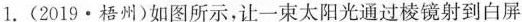
1.(2019·梧州)如图所示，让一束太阳光通过棱镜射到白屏